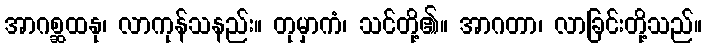
အာဂစ္ဆထနု၊ လာကုန်သနည်း။ တုမှာကံ၊ သင်တို့၏။ အာဂတာ၊ လာခြင်းတို့သည်။